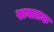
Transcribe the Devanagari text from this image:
राबाटक